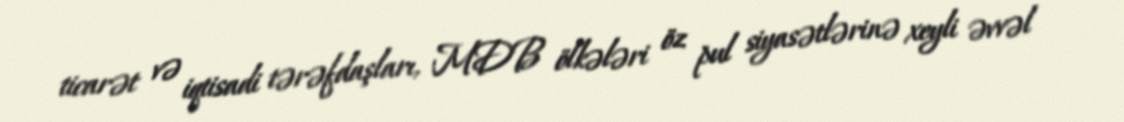
ticarət və iqtisadi tərəfdaşları, MDB ölkələri öz pul siyasətlərinə xeyli əvvəl